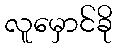
လူမှောင်ခို